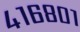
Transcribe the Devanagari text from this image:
४१६८०१